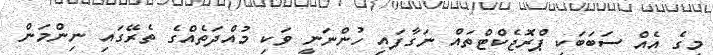
މީގެ އެއް ސަބަބަކީ ޕްރޮޖެކްޓްތައް ނަގާފައި ހުންނަނީ ވަކި މުއްދަތެއްގެ ތެރޭގައި ނިންމަން